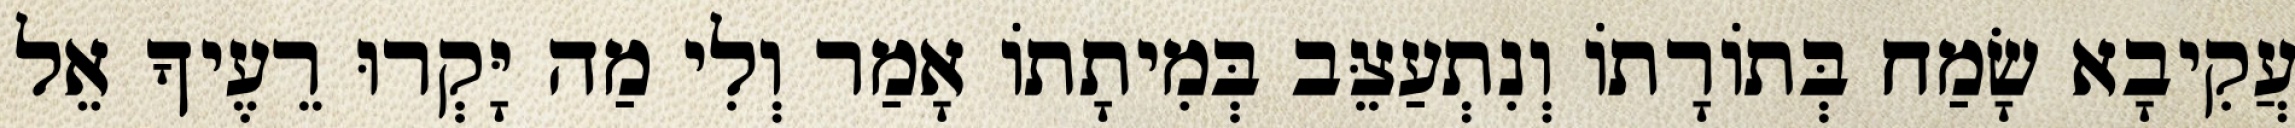
עֲקִיבָא שָׂמַח בְּתוֹרָתוֹ וְנִתְעַצֵּב בְּמִיתָתוֹ אָמַר וְלִי מַה יָּקְרוּ רֵעֶיךָ אֵל